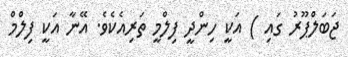
ޖަބަލްޕޫރު ގައި ) އަކީ ހިންދީ ފިލްމީ ތަރިއެކެވެ. އޭނާ އަކީ ފިލްމް